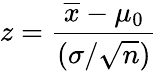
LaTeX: z={\frac{{\overline{{x}}}-\mu_{0}}{({\sigma}/{\sqrt{n}})}}